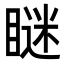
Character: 瞇